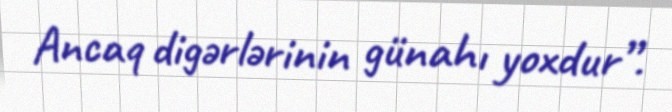
Ancaq digərlərinin günahı yoxdur”.